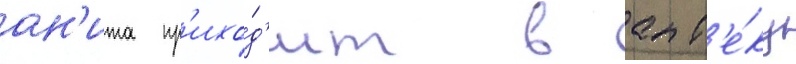
ан'ита пр'ихо́д'ит в апт'е́ку